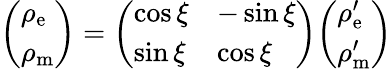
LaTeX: {\left(\begin{array}{l}{\rho_{\mathrm{e}}}\\ {\rho_{\mathrm{m}}}\end{array}\right)}={\left(\begin{array}{ll}{\cos\xi}&{-\sin\xi}\\ {\sin\xi}&{\cos\xi}\end{array}\right)}{\left(\begin{array}{l}{\rho_{\mathrm{e}}^{\prime}}\\ {\rho_{\mathrm{m}}^{\prime}}\end{array}\right)}